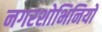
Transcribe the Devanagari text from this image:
नगरशोभिनियों